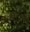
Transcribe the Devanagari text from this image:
टिस्सू